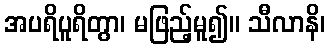
အပရိပူရိတွာ၊ မဖြည့်မူ၍။ သီလာနိ၊